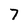
Character: 7